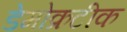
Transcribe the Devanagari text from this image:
डेमोक्रटीक